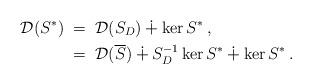
LaTeX: \begin{align*} \mathcal{D}(S^*)\;&=\; \mathcal{D}(S_D)\dotplus\ker S^*\,,\\ &=\;\mathcal{D}(\overline{S})\dotplus S_D^{-1}\ker S^*\dotplus\ker S^*\,. \end{align*}